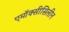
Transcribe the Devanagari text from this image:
एमॉक्सीसिलीन